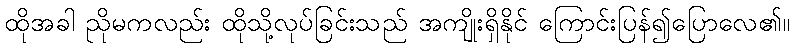
ထိုအခါ ညိုမကလည်း ထိုသို့လုပ်ခြင်းသည် အကျိုးရှိနိုင် ကြောင်းပြန်၍ပြောလေ၏။